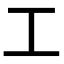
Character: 工